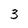
Character: 3